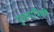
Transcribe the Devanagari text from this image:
पुंजयांत्रिकी